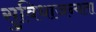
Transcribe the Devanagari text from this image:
सुविधाजन्यता